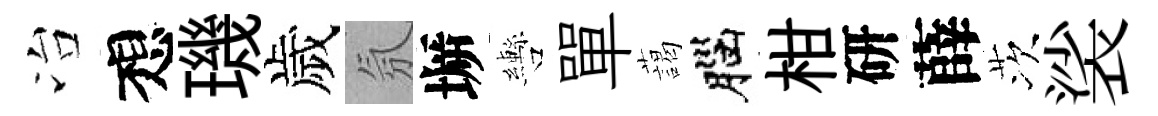
冶想璣歲氛󶱲轡單藹腦柑研薛茨裟